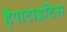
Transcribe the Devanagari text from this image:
हैपाटाइटिस